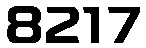
8217